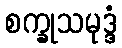
စက္ခုသမုဒ္ဒံ